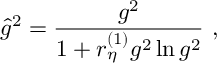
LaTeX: { \hat { g } } ^ { 2 } = \frac { g ^ { 2 } } { 1 + r _ { \eta } ^ { ( 1 ) } g ^ { 2 } \ln g ^ { 2 } } \ ,